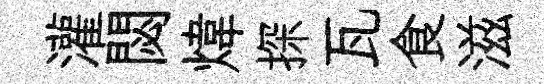
灌閟煒探瓦食滋